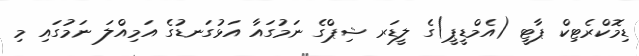
ޑިމޮކްރެޓިކް ޕާޓީ (އެމްޑީޕީ)ގެ ލީޑަރ ޝިޕްގެ ނަމުގައާ އަޅުގަނޑުގެ އަމިއްލަ ނަމުގައި މި